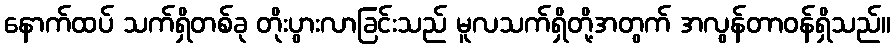
နောက်ထပ် သက်ရှိတစ်ခု တိုးပွားလာခြင်းသည် မူလသက်ရှိတို့အတွက် အလွန်တာဝန်ရှိသည်။